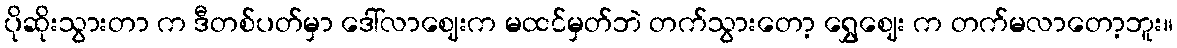
ပိုဆိုးသွားတာ က ဒီတစ်ပတ်မှာ ဒေါ်လာဈေးက မထင်မှတ်ဘဲ တက်သွားတော့ ရွှေဈေး က တက်မလာတော့ဘူး။